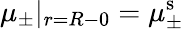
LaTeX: \mu_{\pm}|_{r=R-0}=\mu_{\pm}^{\mathrm{s}}